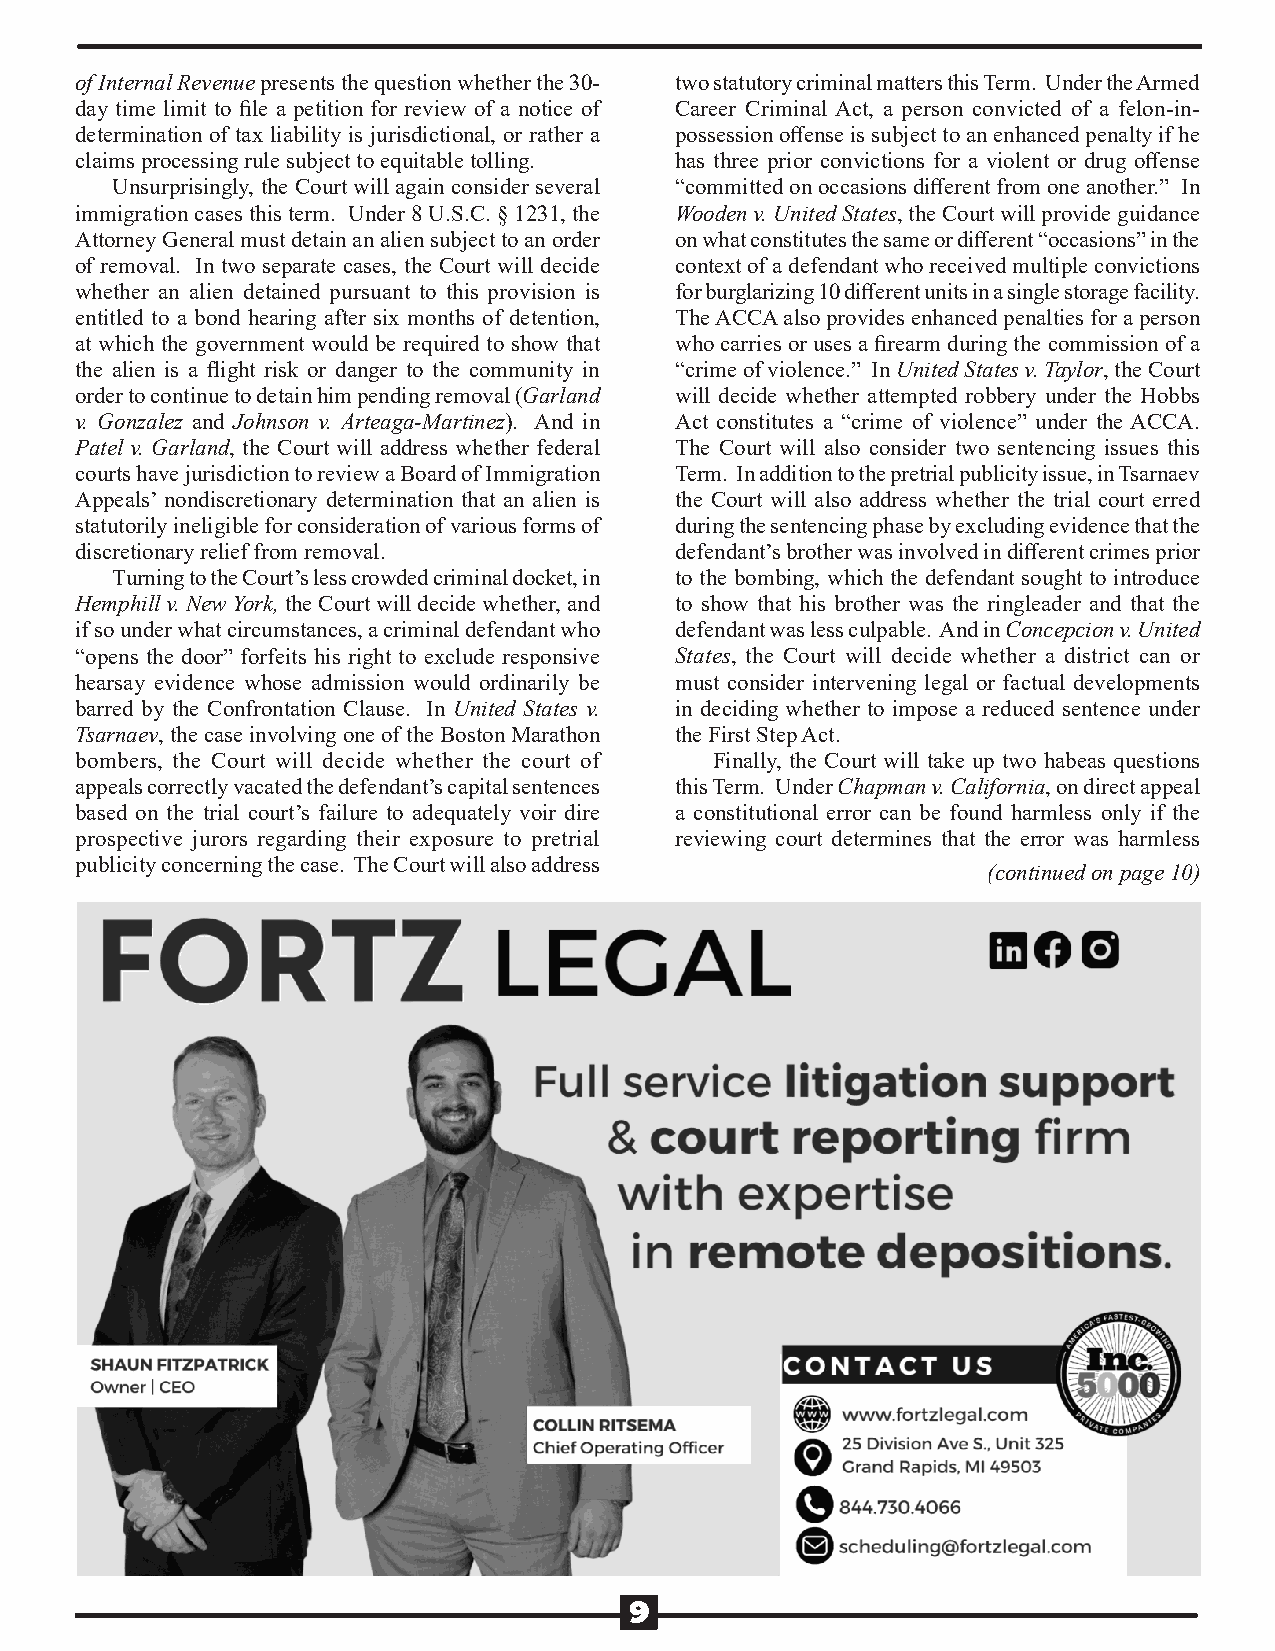
of Internal Revenue presents the question whether the 30- two statutory criminal matters this Term. Under the Armed
 day time limit to file a petition for review of a notice of Career Criminal Act, a person convicted of a felon-in-
 determination of tax liability is jurisdictional, or rather a possession offense is subject to an enhanced penalty if he
 claims processing rule subject to equitable tolling. has three prior convictions for a violent or drug offense
 Unsurprisingly, the Court will again consider several “committed on occasions different from one another.” In
 immigration cases this term. Under 8 U.S.C. § 1231, the Wooden v. United States, the Court will provide guidance
 Attorney General must detain an alien subject to an order on what constitutes the same or different “occasions” in the
 of removal. In two separate cases, the Court will decide context of a defendant who received multiple convictions
 whether an alien detained pursuant to this provision is for burglarizing 10 different units in a single storage facility.
 entitled to a bond hearing after six months of detention, The ACCA also provides enhanced penalties for a person
 at which the government would be required to show that who carries or uses a firearm during the commission of a
 the alien is a flight risk or danger to the community in “crime of violence.” In United States v. Taylor, the Court
 order to continue to detain him pending removal (Garland will decide whether attempted robbery under the Hobbs
 v. Gonzalez and Johnson v. Arteaga-Martinez). And in Act constitutes a “crime of violence” under the ACCA.
 Patel v. Garland, the Court will address whether federal The Court will also consider two sentencing issues this
 courts have jurisdiction to review a Board of Immigration Term. In addition to the pretrial publicity issue, in Tsarnaev
 Appeals’ nondiscretionary determination that an alien is the Court will also address whether the trial court erred
 statutorily ineligible for consideration of various forms of during the sentencing phase by excluding evidence that the
 discretionary relief from removal.      defendant’s brother was involved in different crimes prior
 Turning to the Court’s less crowded criminal docket, in to the bombing, which the defendant sought to introduce
 Hemphill v. New York, the Court will decide whether, and to show that his brother was the ringleader and that the
 if so under what circumstances, a criminal defendant who defendant was less culpable. And in Concepcion v. United
 “opens the door” forfeits his right to exclude responsive States, the Court will decide whether a district can or
 hearsay evidence whose admission would ordinarily be must consider intervening legal or factual developments
 barred by the Confrontation Clause. In United States v. in deciding whether to impose a reduced sentence under
 Tsarnaev, the case involving one of the Boston Marathon the First Step Act.
 bombers, the Court will decide whether the court of Finally, the Court will take up two habeas questions
 appeals correctly vacated the defendant’s capital sentences this Term. Under Chapman v. California, on direct appeal
 based on the trial court’s failure to adequately voir dire a constitutional error can be found harmless only if the
 prospective jurors regarding their exposure to pretrial reviewing court determines that the error was harmless
 publicity concerning the case. The Court will also address
 (continued on page 10)
 9